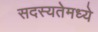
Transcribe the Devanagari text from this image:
सदस्यतेमध्ये